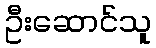
ဦးဆောင်သူ